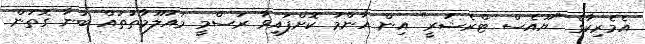
އެމެރިކާގެ "ޔޫއެސް ޓްރެޝަރީ" އިން އާންމު ކޮށްފައިވާ ރަސްމީ މައުލޫމާތުތައް ބުނާ ގޮތުން